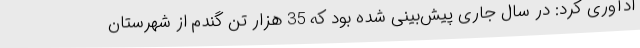
ادآوری کرد: در سال جاری پیش‌بینی شده بود که 35 هزار تن گندم از شهرستان